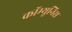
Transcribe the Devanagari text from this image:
कॉम्यूनिस